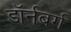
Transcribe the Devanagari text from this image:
डॉर्नबर्ग